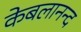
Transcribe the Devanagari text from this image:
केबलानन्द